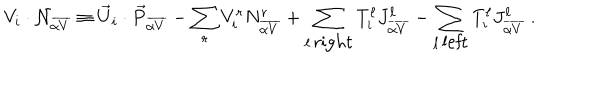
V _ { i } \cdot { \cal N } _ { \overline { { { \alpha V } } } } \equiv { \vec { U } } _ { i } \cdot { \vec { P } } _ { \overline { { { \alpha V } } } } - \sum _ { r } V _ { i } ^ { r } N _ { \overline { { { \alpha V } } } } ^ { r } + \sum _ { \ell : { \mathrm { r i g h t } } } T _ { i } ^ { \ell } J _ { \overline { { { \alpha V } } } } ^ { \ell } - \sum _ { \ell : { \mathrm { l e f t } } } T _ { i } ^ { \ell } J _ { \overline { { { \alpha V } } } } ^ { \ell } ~ .